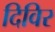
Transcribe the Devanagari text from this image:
दिविर